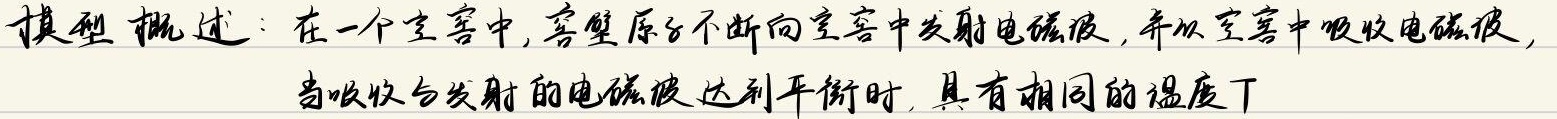
模型概述：在一个空腔中，腔壁原子不断向空腔中发射电磁波，并从空腔中吸收电磁波，当吸收与发射的电磁波达到平衡时，具有相同的温度\(T\)。